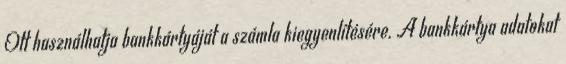
Ott használhatja bankkártyáját a számla kiegyenlítésére. A bankkártya adatokat